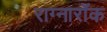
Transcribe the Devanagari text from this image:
राग्नारॉक